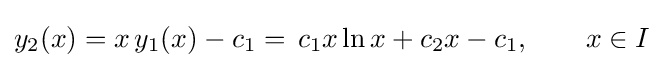
y_{2}(x)=x\,y_{1}(x)-c_{1}=\,c_{1}x\ln x+c_{2}x-c_{1},\qquad x\in I